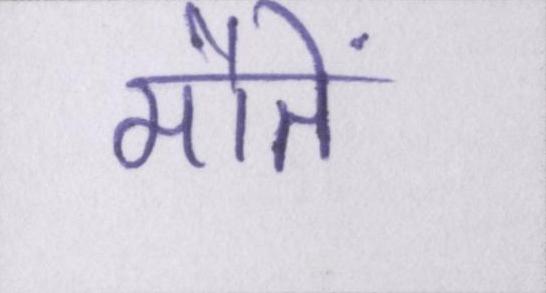
मौतें